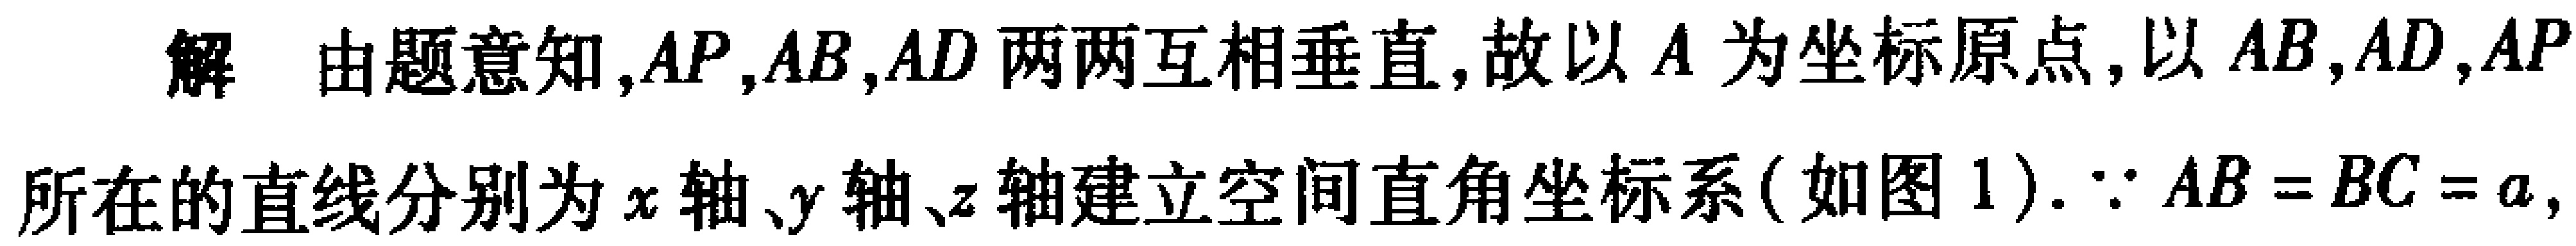
解 由题意知,$AP,AB,AD$两两互相垂直,故以$A$为坐标原点,以$AB,AD,AP$所在的直线分别为$x$轴、$y$轴、$z$轴建立空间直角坐标系(如图$1$).$\because AB = BC = a,$